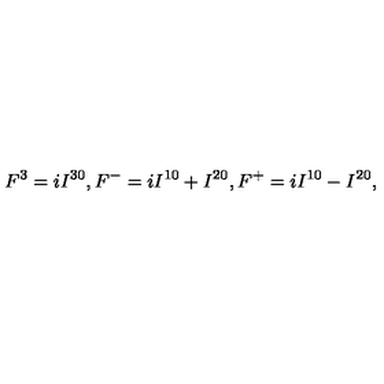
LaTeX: F ^ { 3 } = i I ^ { 3 0 } , F ^ { - } = i I ^ { 1 0 } + I ^ { 2 0 } , F ^ { + } = i I ^ { 1 0 } - I ^ { 2 0 } ,